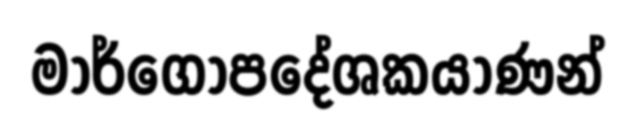
මාර්ගෝපදේශකයාණන්